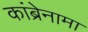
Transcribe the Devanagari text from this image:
कांब्रेनामा